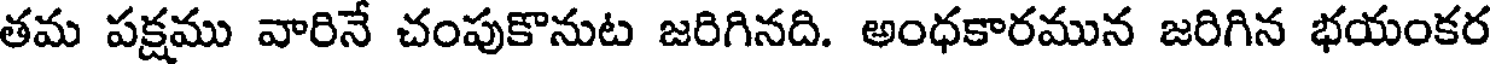
తమ పక్షము వారినే చంపుకొనుట జరిగినది. అంధకారమున జరిగిన భయంకర